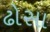
ઢોસા